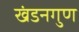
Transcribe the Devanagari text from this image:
खंडनगुण